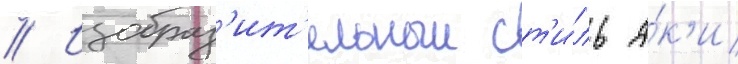
// Изобраз'ит'ельныи ст'и́ль а́к'и